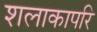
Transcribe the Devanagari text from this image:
शलाकापरि